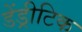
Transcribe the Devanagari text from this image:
डेंड्रीटिक